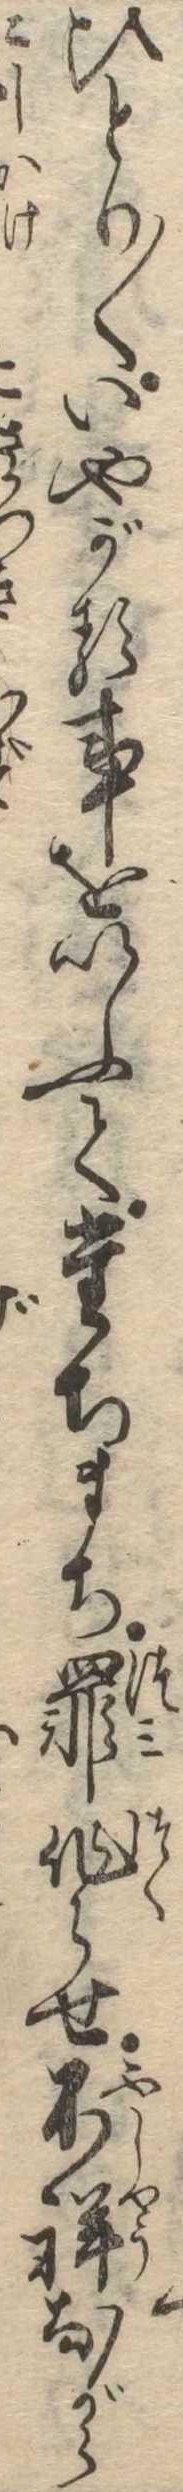
ひとり〱いやがる事をいふてたちまち罪作らせ不祥ながら